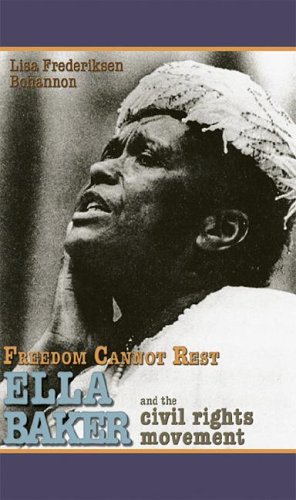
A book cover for Freedom Cannot Rest: Ella Baker and the Civil Rights Movement (Portraits of Black Americans); Lisa Frederiksen Bohannon; Teen & Young Adult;